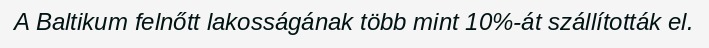
A Baltikum felnőtt lakosságának több mint 10%-át szállították el.